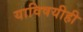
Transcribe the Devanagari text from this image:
याविषयीही